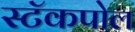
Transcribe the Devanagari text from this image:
स्टॅकपोल